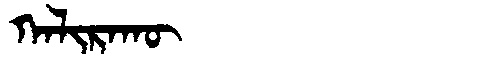
Manchu: ᡴᠠᠯᡳᡵᠠᡴᡡ
Romanization: KALIRAKŪ